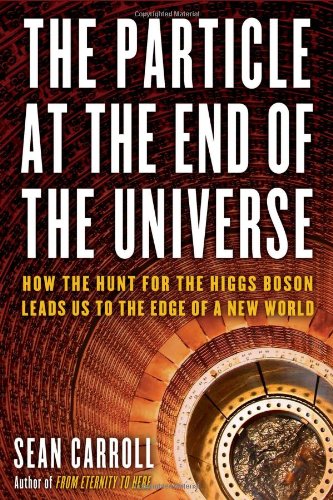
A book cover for The Particle at the End of the Universe: How the Hunt for the Higgs Boson Leads Us to the Edge of a New World; Sean Carroll; Science & Math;